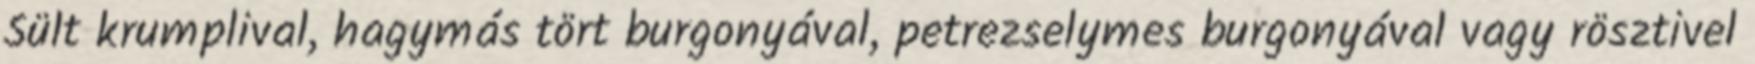
Sült krumplival, hagymás tört burgonyával, petrezselymes burgonyával vagy rösztivel